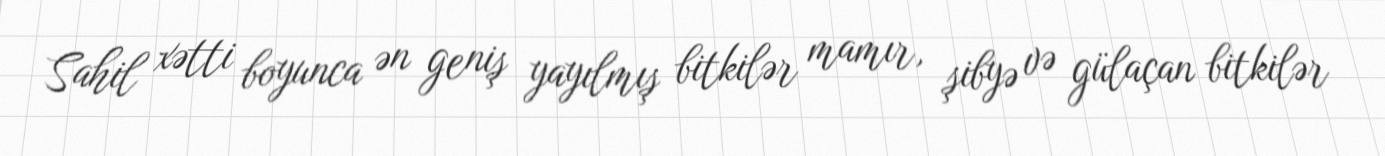
Sahil xətti boyunca ən geniş yayılmış bitkilər mamır, şibyə və gülaçan bitkilər